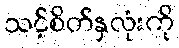
သင့်စိတ်နှလုံးကို